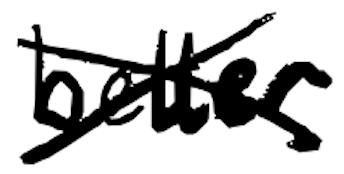
Text: better
Cross-out: cross
Writing tool: digital_black